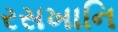
રસખાનિ